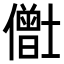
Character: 𫣸